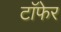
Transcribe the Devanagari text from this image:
टाॅफेर